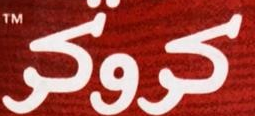
كروكر